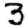
Digit: 3